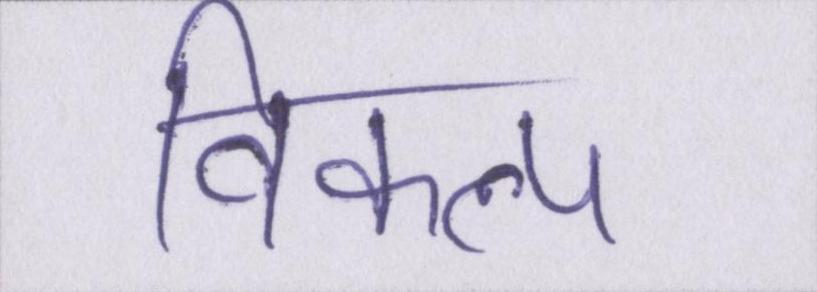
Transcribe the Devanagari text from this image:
विकल्प